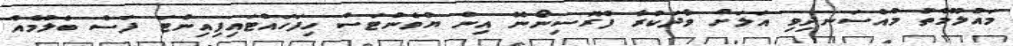
މައުލޫމާތު މުއްސަނދިވި އަލަށް ވާދަކުރާ ފްރޮސިނޯނޭ އިން ޔުވެންޓަސް ހިފަހައްޓައިފިއިންޓަ ފަސް ބެލުމެއް